Leaving Certificate Examination (including Day School Certificate (Higher) General paper), 1930
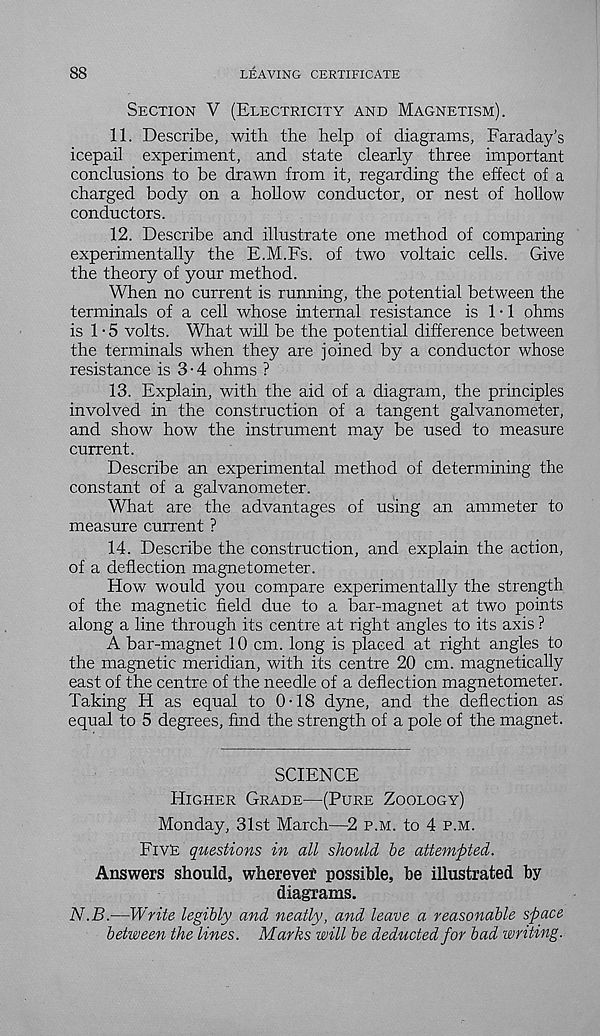
88
LEAVING CERTIFICATE
Section V (Electricity and Magnetism).
11. Describe, with the help of diagrams, Faraday’s
icepail experiment, and state clearly three important
conclusions to be drawn from it, regarding the effect of a
charged body on a hollow conductor, or nest of hollow
conductors.
12. Describe and illustrate one method of comparing
experimentally the E.M.Fs. of two voltaic cells. Give
the theory of your method.
When no current is running, the potential between the
terminals of a cell whose internal resistance is 1 • 1 ohms
is 1 - 5 volts. What will be the potential difference between
the terminals when they are joined by a conductor whose
resistance is 3-4 ohms ?
13. Explain, with the aid of a diagram, the principles
involved in the construction of a tangent galvanometer,
and show how the instrument may be used to measure
current.
Describe an experimental method of determining the
constant of a galvanometer.
What are the advantages of using an ammeter to
measure current ?
14. Describe the construction, and explain the action,
of a deflection magnetometer.
How would you compare experimentally the strength
of the magnetic field due to a bar-magnet at two points
along a line through its centre at right angles to its axis ?
A bar-magnet 10 cm. long is placed at right angles to
the magnetic meridian, with its centre 20 cm. magnetically
east of the centre of the needle of a deflection magnetometer.
Taking H as equal to 0-18 dyne, and the deflection as
equal to 5 degrees, find the strength of a pole of the magnet.
SCIENCE
Higher Grade—(Pure Zoology)
Monday, 31st March—2 p.m. to 4 p.m.
Five questions in all should be attempted.
Answers should, wherever possible, be illustrated by
diagrams.
N.B.—Write legibly and neatly, and leave a reasonable space
between the lines. Marks will be deducted for bad writing.